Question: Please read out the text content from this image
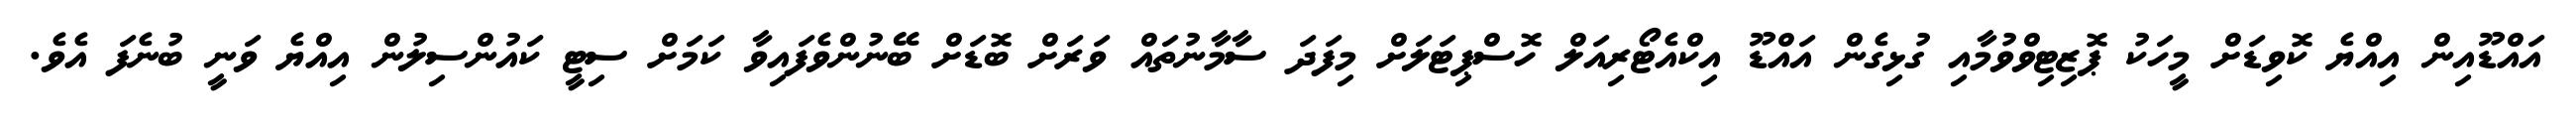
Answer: އައްޑޫއިން އިއްޔެ ކޮވިޑަށް މީހަކު ޕޮޒިޓިވްވުމާއި ގުޅިގެން އައްޑޫ އިކްއެޓޯރިއަލް ހޮސްޕިޓަލަށް މިފަދަ ސާމާނުތައް ވަރަށް ބޮޑަށް ބޭނުންވެފައިވާ ކަމަށް ސިޓީ ކައުންސިލުން އިއްޔެ ވަނީ ބުނެފަ އެވެ.